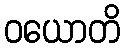
ဝယောတိ